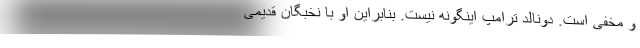
و مخفی است. دونالد ترامپ اینگونه نیست. بنابراین او با نخبگان قدیمی